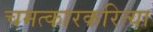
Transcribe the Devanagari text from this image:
चमत्कारकरित्या